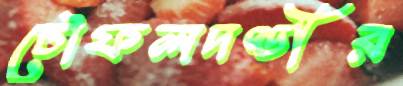
চৌফলদণ্ডীর